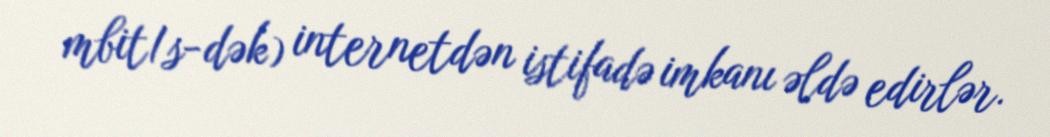
mbit/s-dək) internetdən istifadə imkanı əldə edirlər.